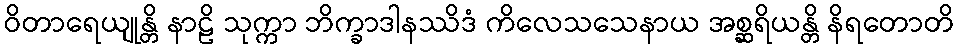
ဝိတာရေယျုန္တိ နာဠိ သုက္ကာ ဘိက္ခာဒါနဿိဒံ ကိလေသသေနာယ အစ္ဆရိယန္တိ နိရတောတိ